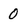
Character: O